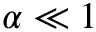
\alpha \ll 1